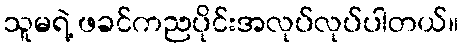
သူမရဲ့ ဖခင်ကညပိုင်းအလုပ်လုပ်ပါတယ်။